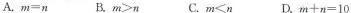
A.$$m = n$$ B.$$m > n$$ C.$$m < n$$ D.$$m + n = 1 0$$